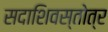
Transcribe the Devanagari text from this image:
सदाशिवस्तोत्र